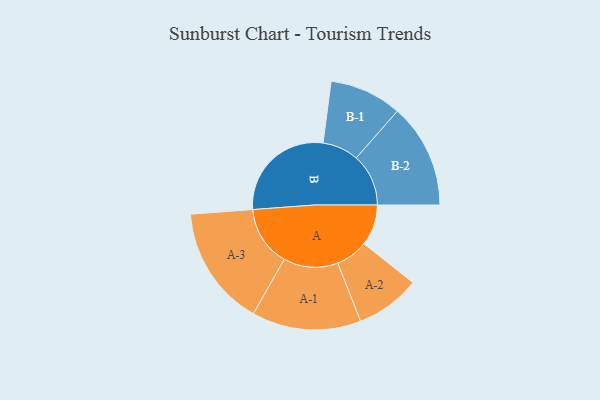
{"axis": {"x": "Segment", "y": "Value"}, "legend": ["", "A", "B"], "data": [{"x": "A", "y": 159, "type": ""}, {"x": "B", "y": 421, "type": ""}, {"x": "A-1", "y": 211, "type": "A"}, {"x": "A-2", "y": 125, "type": "A"}, {"x": "A-3", "y": 233, "type": "A"}, {"x": "B-1", "y": 140, "type": "B"}, {"x": "B-2", "y": 202, "type": "B"}]}